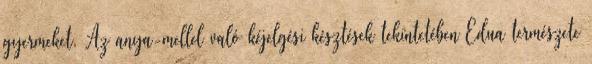
gyermeket. Az anya-mellel való kéjelgési késztések tekintetében Edua természete